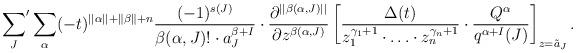
LaTeX: \begin{align*}{\sum_J}' \sum_{\alpha}(-t)^{||\alpha||+\|\beta\|+n} \frac{(-1)^{s(J)}} {\beta(\alpha, J)!\cdot a_J^{\beta+I}} \cdot \frac {\partial^{||\beta(\alpha,J)||}}{\partial z^{\beta(\alpha, J)}} \left[\frac{\Delta(t)}{ z_1^{\gamma_1+1}\cdot \ldots \cdot z_n^{\gamma_n+1}} \cdot \frac {Q^{\alpha}}{q^{\alpha+I}(J)}\right]_{z=\tilde a_J}.\end{align*}